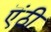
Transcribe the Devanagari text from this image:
ऎंठी